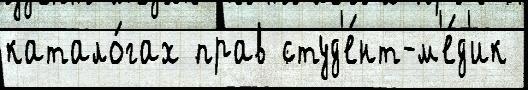
катало́гах прав студ'е́нт-м'е́д'ик